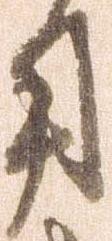
用